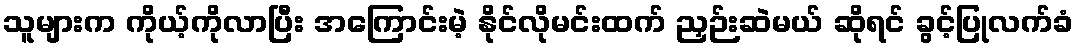
သူများက ကိုယ့်ကိုလာပြီး အကြောင်းမဲ့ နိုင်လိုမင်းထက် ညှဉ်းဆဲမယ် ဆိုရင် ခွင့်ပြုလက်ခံ